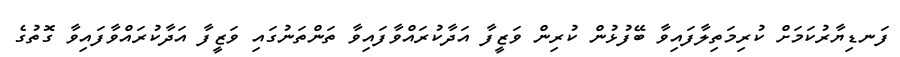
ފަނޑިޔާރުކަމަށް ކުރިމަތިލާފައިވާ ބޭފުޅުން ކުރިން ވަޒީފާ އަދާކުރައްވާފައިވާ ތަންތަނުގައި ވަޒީފާ އަދާކުރައްވާފައިވާ ގޮތުގެ